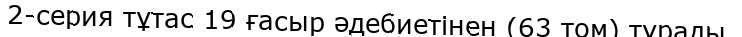
2-серия тұтас 19 ғасыр әдебиетінен (63 том) тұрады.